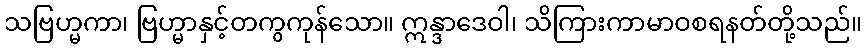
သဗြဟ္မကာ၊ ဗြဟ္မာနှင့်တကွကုန်သော။ ဣန္ဒာဒေဝါ၊ သိကြားကာမာဝစရနတ်တို့သည်။